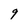
Character: 9